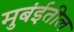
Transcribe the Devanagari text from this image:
मुबंईतील